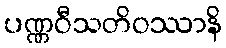
ပဏ္ဏဝီသတိဝဿာနိ